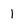
Character: 1